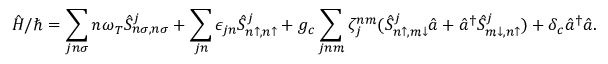
\hat { H } / \hbar = \sum _ { j n \sigma } n \omega _ { T } \hat { S } _ { n \sigma , n \sigma } ^ { j } + \sum _ { j n } \epsilon _ { j n } \hat { S } _ { n \uparrow , n \uparrow } ^ { j } + g _ { c } \sum _ { j n m } \zeta _ { j } ^ { n m } ( \hat { S } _ { n \uparrow , m \downarrow } ^ { j } \hat { a } + \hat { a } ^ { \dag } \hat { S } _ { m \downarrow , n \uparrow } ^ { j } ) + \delta _ { c } \hat { a } ^ { \dag } \hat { a } .